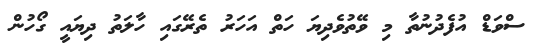
ސްވަޑް އުފެދުނުތާ މި ވޭތުވެދިޔަ ހަތް އަހަރު ތެރޭގައި ހާލަތު ދިޔައީ ގޯހުން